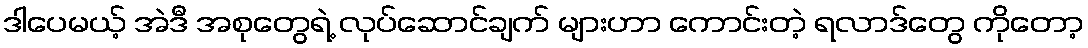
ဒါပေမယ့် အဲဒီ အစုတွေရဲ့ လုပ်ဆောင်ချက် များဟာ ကောင်းတဲ့ ရလာဒ်တွေ ကိုတော့